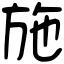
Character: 施